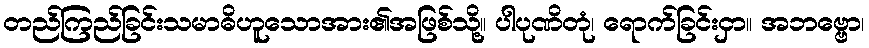
တည်ကြည်ခြင်းသမာဓိဟူသောအား၏အဖြစ်သို့။ ပါပုဏိတုံ၊ ရောက်ခြင်းငှာ။ အဘဗ္ဗော၊